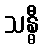
သန္ဓီ